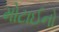
મોટાઈનો